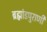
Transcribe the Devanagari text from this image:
ब्रह्मांडपुराणी